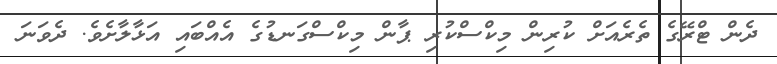
ދެން ޓްރޭގެ ތެރެއަށް ކުރިން މިކްސްކުރި ޕާން މިކްސްގަނޑުގެ އެއްބައި އަޅާލާށެވެ. ދެވަނަ